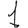
Digit: 1